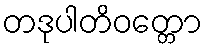
တဒုပါတိဝတ္တော